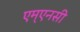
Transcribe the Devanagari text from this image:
एम्एनसी